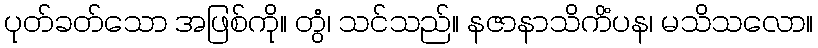
ပုတ်ခတ်သော အဖြစ်ကို။ တွံ၊ သင်သည်။ နဇာနာသိကိံပန၊ မသိသလော။